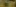
: